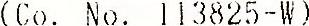
(CO. NO. 113825-W)